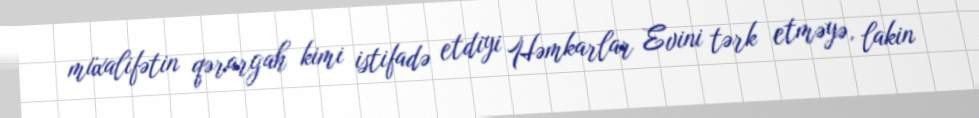
müxalifətin qərargah kimi istifadə etdiyi Həmkarlar Evini tərk etməyə, lakin